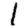
Digit: 1